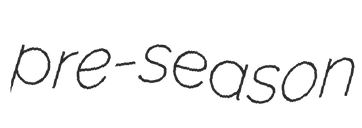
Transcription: pre-season